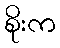
စိုးက